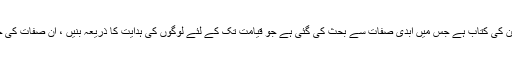
اس لئے کہ قرآن آئین کی کتاب ہے جس میں ابدی صفات سے بحث کی گئی ہے جو قیامت تک کے لئے لوگوں کی ہدایت کا ذریعہ بنیں ، ان صفات کی حیثیت علامتی ہے ۔